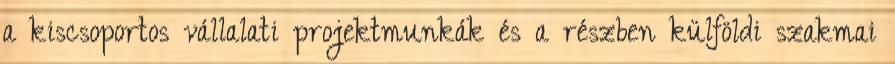
a kiscsoportos vállalati projektmunkák és a részben külföldi szakmai